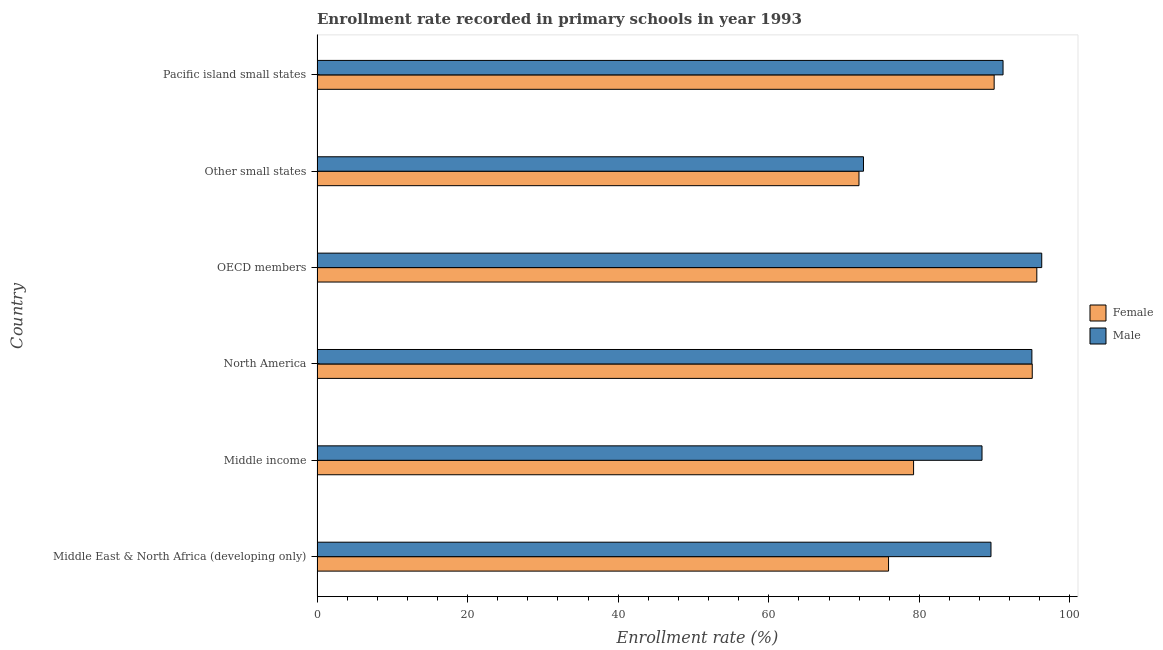
| Country | Female | Male |
 | --- | --- | --- |
 | Middle East & North Africa (developing only) | 75.9 | 89.5 |
 | Middle income | 79.2 | 88.3 |
 | North America | 95 | 94.9 |
 | OECD members | 95.6 | 96.3 |
 | Other small states | 72 | 72.6 |
 | Pacific island small states | 89.9 | 91.1 |